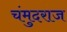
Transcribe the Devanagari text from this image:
चंमुदराज